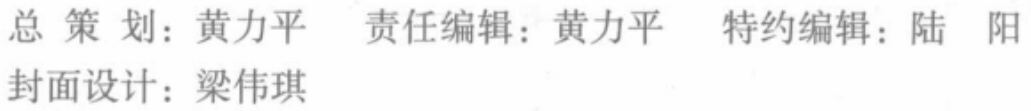
总策划：黄力平 责任编辑：黄力平 特约编辑：陆 阳

封面设计：梁伟琪